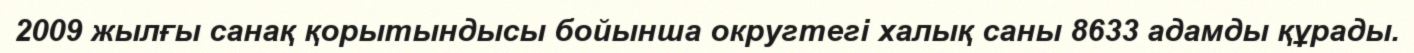
2009 жылғы санақ қорытындысы бойынша округтегі халық саны 8633 адамды құрады.